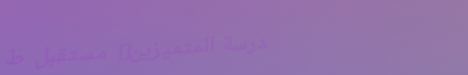
مدرسة المتميزين: مستقبل ط